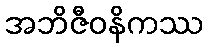
အဘိဇီဝနိကဿ